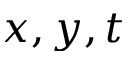
x , y , t